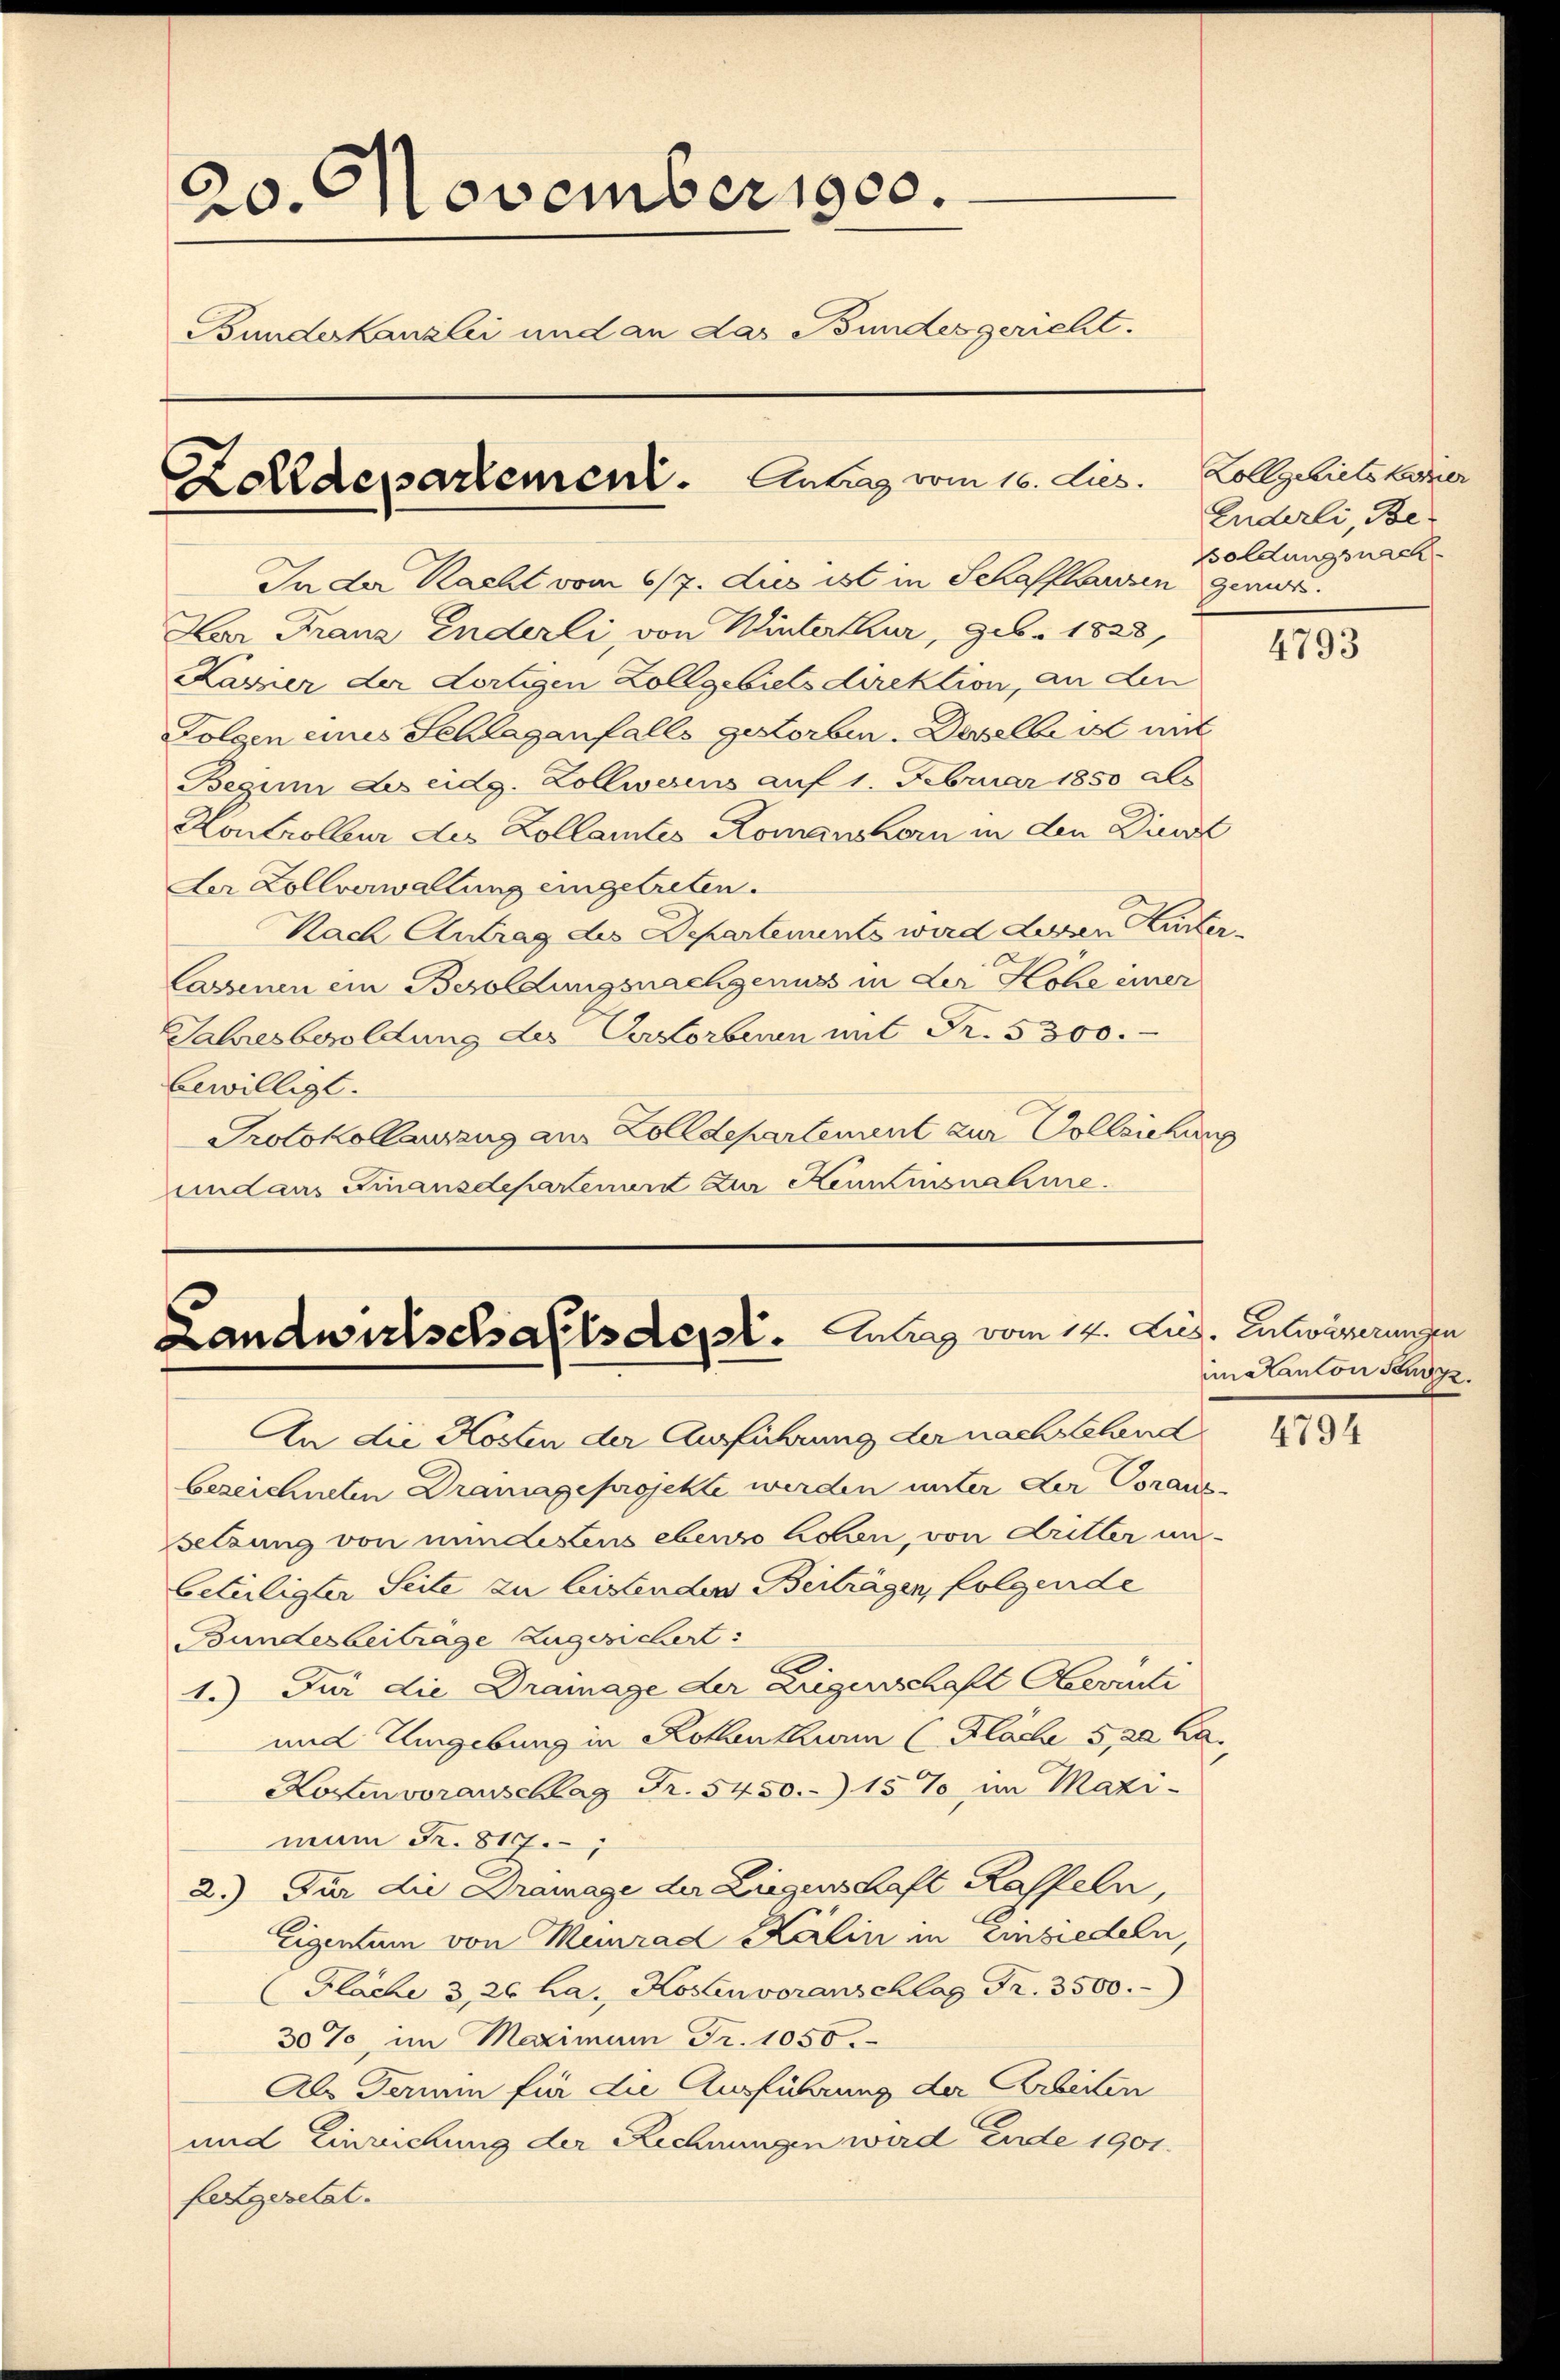
20. November 1900.
Bundeskanzlei und an das Bundesgericht.
Zolldepartement. Antrag vom 16. Lies.

In der Racht vom 6/7. dus ist in Schaffhausen gewor¬
Lar Franz Enderli, von Winterthur, geb. 1828,
Kavier der dortigen Zollgebietsdirektion, an den
Folgen eines Schlaganfalls gestorben. Derselbe ist mit
Begum Les eidg. Zollwesens auf 1. Februar 1850 als
Kontrolleur des Kollamtes Romanshorn in den Diner
Der Zollverwaltung eingetreten.
Nach Antrag des Departements wird dessen Lister
Cassenen ein Besoldungsnachgenuss in der Kohe einer
Jahresbesoldung des Verstorbenen mit Fr. 5300.
bewilligt.
Protokollauszug aus Zolldepartement zur Vollziehung
undans Finanzdepartement zur Keummsnahme.

Landwirtschafts der Antrag vom 14. Jus. Entwässerungen

An die Kosten der Ausführung der nachs bland
bezeichneten Dramage projekte werden unter der Voraus-
setzung von mindestens ebenso hohen, von Dritter unbeteiligter Seite zu leistenden Beiträgen, folgende
Bundesbeiträge zugesichert:
1.) Für die Drainage der Liegenschaft Oberati
und Umgebung in Rollenthum (Fläche 5, 20 ka
Kostenvoranschlag Fr. 5450. 15% im Maxi-
man Fr. 817.
2.) Für die Drainage der Liegenschaft Kasseln,
Eigentum von Munrad Kälin in Einsiedeln,
Flache 3, 26 ha., Kostenvoranschlag Fr. 3500.
30%, im Maximum Fr. 1050.
Als Termin für die Ausführung der Arbitten
und Einreichung der Rechnungen wird Ende 1901.
felgesetat.

Zollgebiets keiner
Enderli, Be¬
Boldungsnach.

4793

inatanton Sonn

4794